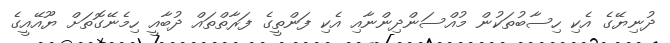
ދުނިޔޭގެ އެކި ހިސާބުތަކުން މުއްސަންދިންނާއި އެކި ފަންތީގެ ފަރާތްތައް ދުބާއީ ހިމެނޭގޮތަށް ޔޫއޭއީގެ